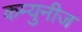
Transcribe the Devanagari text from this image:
कम्युनीज